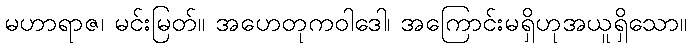
မဟာရာဇ၊ မင်းမြတ်။ အဟေတုကဝါဒေါ၊ အကြောင်းမရှိဟုအယူရှိသော။